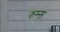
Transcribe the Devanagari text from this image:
रुम्स